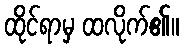
ထိုင်ရာမှ ထလိုက်၏။